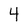
Character: 4